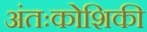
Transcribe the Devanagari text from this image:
अंतःकोशिकी